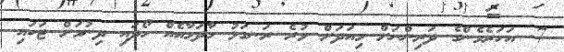
7. އަހަރެމެންގެ ދަރިންނަށް މިއަދަށް ވުރެ ރަނގަޅު މާދަމާއެއް ހޯދައި ދިނުމަށް ޓަކައި